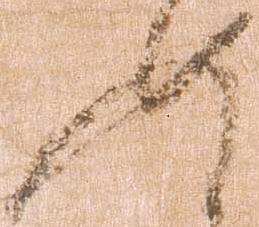
如